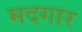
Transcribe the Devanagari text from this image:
मदगार